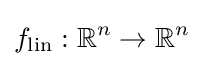
f_{\text{lin}}:\mathbb {R} ^{n}\to \mathbb {R} ^{n}